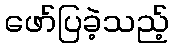
ဖော်ပြခဲ့သည့်